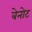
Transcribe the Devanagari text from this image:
बेनोट